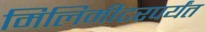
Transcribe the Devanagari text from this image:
मिलिमीटरपर्यंत